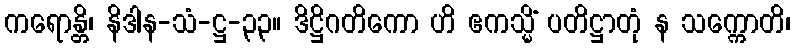
ကရောန္တိ၊ နိဒါန-သံ-ဋ္ဌ-၃၃။ ဒိဋ္ဌိဂတိကော ဟိ ဧကသ္မိံ ပတိဋ္ဌာတုံ န သက္ကောတိ၊